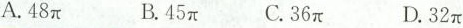
A.48π B.45π C.36π D.32π